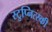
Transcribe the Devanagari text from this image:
स्टुप्नित्स्की